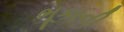
ભૂકાની